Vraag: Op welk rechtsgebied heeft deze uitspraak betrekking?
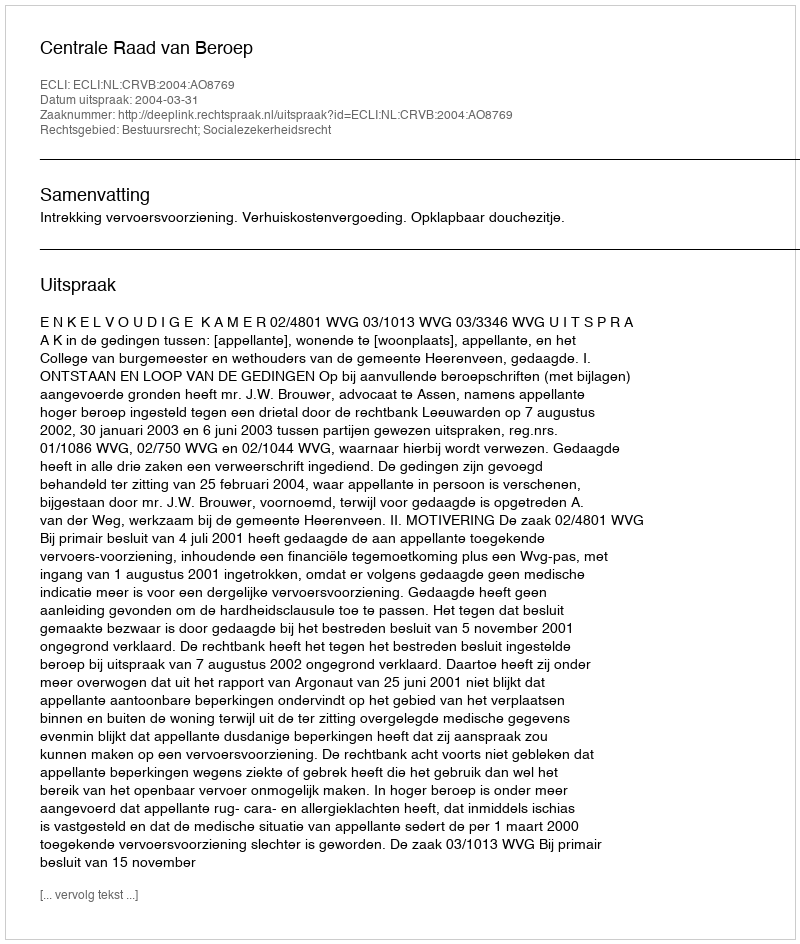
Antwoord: Bestuursrecht; Socialezekerheidsrecht